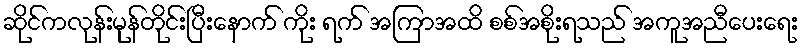
ဆိုင်ကလုန်းမုန်တိုင်းပြီးနောက် ကိုး ရက် အကြာအထိ စစ်အစိုးရသည် အကူအညီပေးရေး